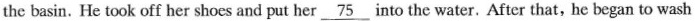
the basin. He took off her shoes and put her \underline{75} into the water. After that, he began to wash